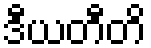
ဒီယတီတိ